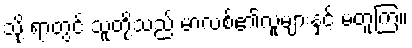
သို့ ရာတွင် သူတို့သည် မာလစ်၏လူများနှင့် မတူကြ။